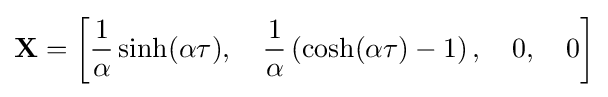
\mathbf {X} =\left[{\frac {1}{\alpha }}\sinh(\alpha \tau ),\quad {\frac {1}{\alpha }}\left(\cosh(\alpha \tau )-1\right),\quad 0,\quad 0\right]